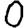
Digit: 0